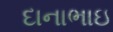
દાનાભાઇ